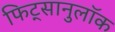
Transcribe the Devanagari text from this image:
फिट्सानुलॉक